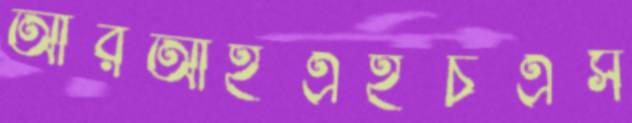
আরআইএইচএস